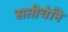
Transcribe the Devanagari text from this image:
सतीचेनि